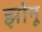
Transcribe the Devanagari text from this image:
झोनू